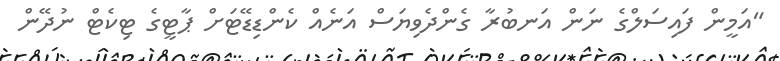
"އަމީން ފައިސަލްގެ ނަން އަނބުރާ ގެންދެވިޔަސް އަނެއް ކެންޑިޑޭޓަށް ޕާޓީގެ ޓިކެޓް ނުދޭން